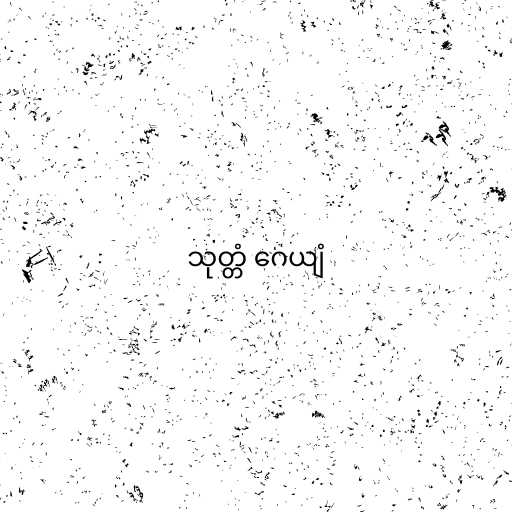
သုတ္တံ ဂေယျံ